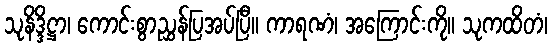
သုနိဒ္ဒိဋ္ဌာ၊ ကောင်းစွာညွှန်ပြအပ်ပြီ။ ကာရဏံ၊ အကြောင်းကို။ သုကထိတံ၊